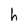
Character: h